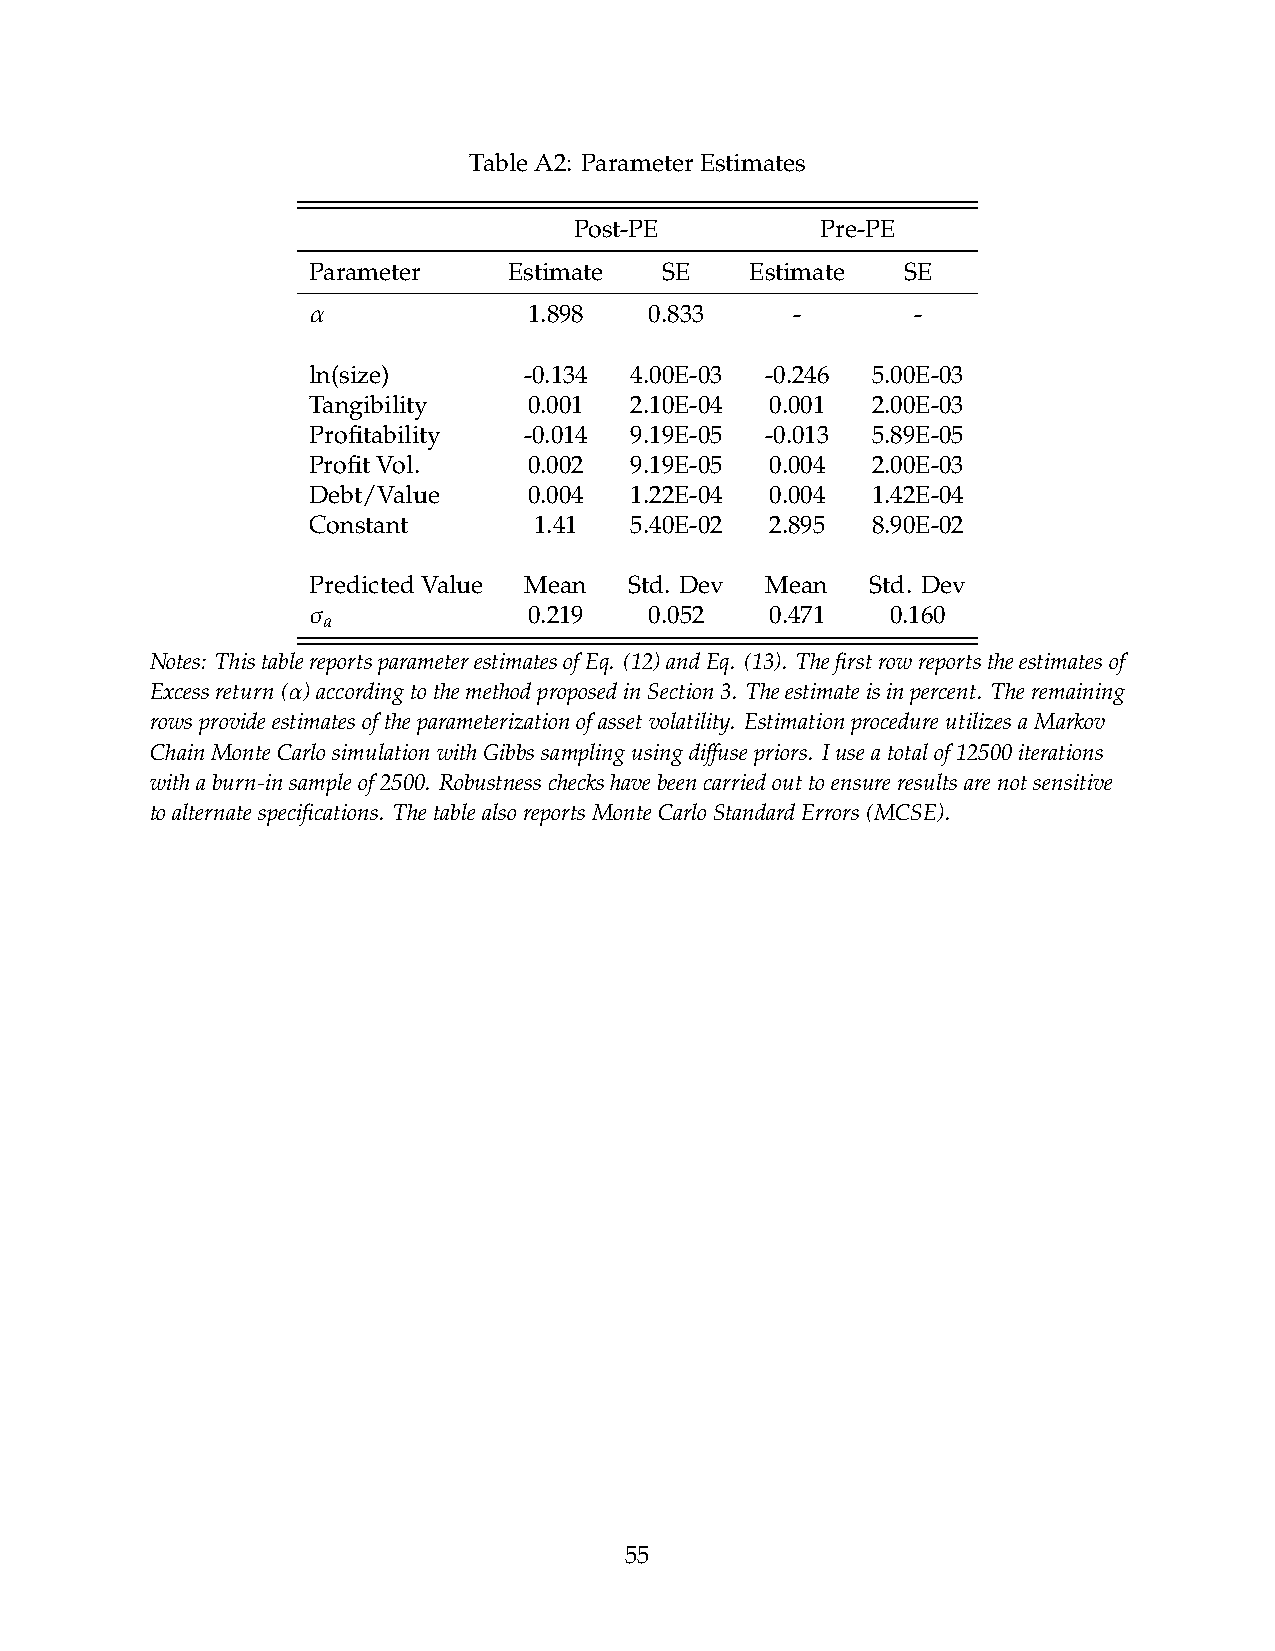
TableA2: ParameterEstimates
 Post-PE         Pre-PE
 Parameter     Estimate  SE    Estimate  SE
 𝛼
 1.898   0.833    -       -
 ln(size)       -0.134 4.00E-03 -0.246 5.00E-03
 Tangibility    0.001  2.10E-04 0.001  2.00E-03
 Profitability  -0.014 9.19E-05 -0.013 5.89E-05
 ProfitVol.     0.002  9.19E-05 0.004  2.00E-03
 Debt/Value     0.004  1.22E-04 0.004  1.42E-04
 Constant       1.41   5.40E-02 2.895  8.90E-02
 PredictedValue Mean   Std. Dev Mean   Std. Dev
 𝜎
 𝑎             0.219   0.052   0.471   0.160
 Notes: ThistablereportsparameterestimatesofEq. (12)andEq. (13). Thefirstrowreportstheestimatesof
 Excessreturn(𝛼)accordingtothemethodproposedinSection3. Theestimateisinpercent. Theremaining
 rowsprovideestimatesoftheparameterizationofassetvolatility. EstimationprocedureutilizesaMarkov
 ChainMonteCarlosimulationwithGibbssamplingusingdiffusepriors. Iuseatotalof12500iterations
 withaburn-insampleof2500. Robustnesscheckshavebeencarriedouttoensureresultsarenotsensitive
 toalternatespecifications. ThetablealsoreportsMonteCarloStandardErrors(MCSE).
 55